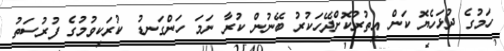
ހަމުގެ ދުޅަހެޔޮ ކަން އިތުރުކޮށްދޭހަކުރު ބޭނުން ކުރާ ނަމަ ހަންގަނޑު ކުރަކިވުމުގެ ފުރުސަތު